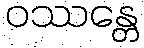
ဝဿန္တေ